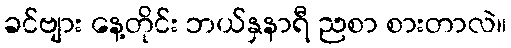
ခင်ဗျား နေ့တိုင်း ဘယ်နှနာရီ ညစာ စားတာလဲ။